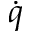
\dot { q }